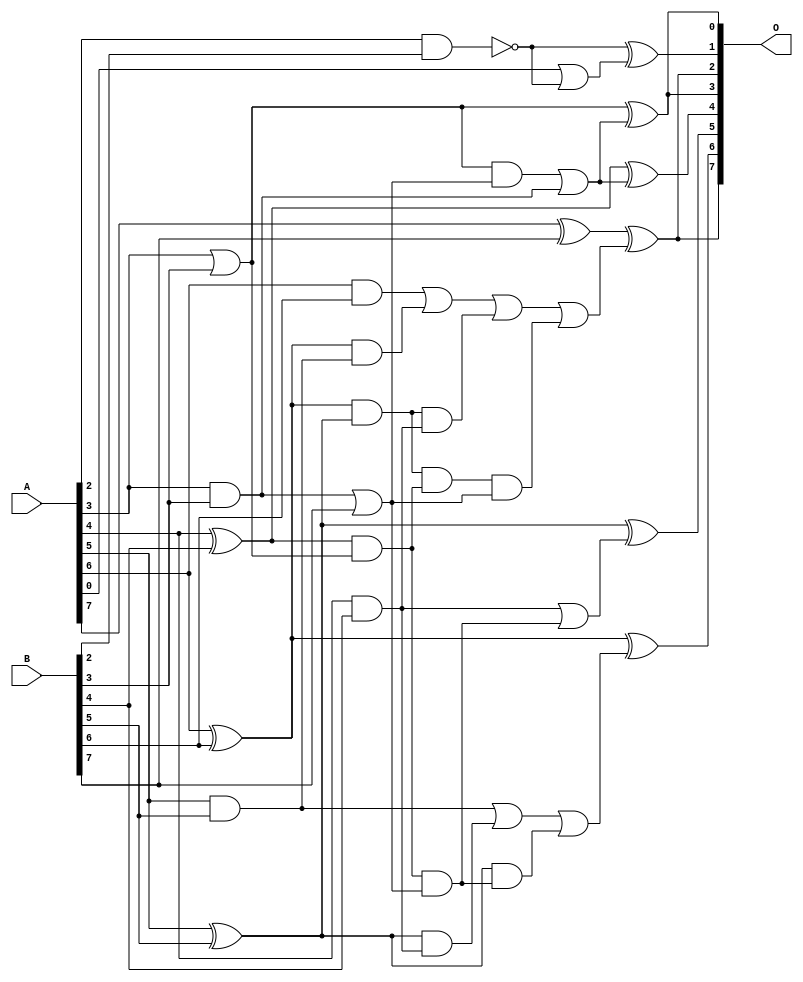
// This program was cloned from: https://github.com/ehw-fit/evoapproxlib
// License: MIT License

/***
* This code is a part of EvoApproxLib library (ehw.fit.vutbr.cz/approxlib) distributed under The MIT License.
* When used, please cite the following article(s): V. Mrazek, L. Sekanina, Z. Vasicek "Libraries of Approximate Circuits: Automated Design and Application in CNN Accelerators" IEEE Journal on Emerging and Selected Topics in Circuits and Systems, Vol 10, No 4, 2020 
* This file contains a circuit from a sub-set of pareto optimal circuits with respect to the pwr and mse parameters
***/
// MAE% = 3.67 %
// MAE = 4.7 
// WCE% = 10.16 %
// WCE = 13 
// WCRE% = 400.00 %
// EP% = 94.56 %
// MRE% = 19.71 %
// MSE = 31 
// PDK45_PWR = 0.022 mW
// PDK45_AREA = 56.8 um2
// PDK45_DELAY = 0.48 ns

module add8s_6TN (
    A,
    B,
    O
);

input [7:0] A;
input [7:0] B;
output [7:0] O;

wire sig_21,sig_22,sig_23,sig_24,sig_25,sig_26,sig_27,sig_28,sig_29,sig_30,sig_33,sig_35,sig_37,sig_38,sig_39,sig_41,sig_44,sig_46,sig_47,sig_48;
wire sig_49,sig_50,sig_51,sig_52,sig_53,sig_54,sig_55,sig_56,sig_57,sig_59,sig_60,sig_61,sig_62,sig_63,sig_64;

assign sig_21 = ~(A[2] & B[2]);
assign sig_22 = A[3] & B[3];
assign sig_23 = A[3] | B[3];
assign sig_24 = A[4] & B[4];
assign sig_25 = A[4] ^ B[4];
assign sig_26 = A[5] & B[5];
assign sig_27 = A[5] ^ B[5];
assign sig_28 = A[6] & B[6];
assign sig_29 = A[6] ^ B[6];
assign sig_30 = A[7] ^ B[7];
assign sig_33 = sig_22 | B[7];
assign sig_35 = sig_25 & sig_23;
assign sig_37 = sig_29 & sig_26;
assign sig_38 = sig_29 & sig_27;
assign sig_39 = sig_28 | sig_37;
assign sig_41 = A[0] | sig_21;
assign sig_44 = sig_27 & sig_24;
assign sig_46 = sig_26 | sig_44;
assign sig_47 = sig_38 & sig_24;
assign sig_48 = sig_38 & sig_35;
assign sig_49 = sig_39 | sig_47;
assign sig_50 = sig_23 & sig_33;
assign sig_51 = sig_50 | sig_22;
assign sig_52 = sig_35 & sig_33;
assign sig_53 = sig_24 | sig_52;
assign sig_54 = sig_27 & sig_52;
assign sig_55 = sig_46 | sig_54;
assign sig_56 = sig_48 & sig_33;
assign sig_57 = sig_49 | sig_56;
assign sig_59 = sig_21 ^ sig_41;
assign sig_60 = sig_23 ^ sig_51;
assign sig_61 = sig_25 ^ sig_51;
assign sig_62 = sig_27 ^ sig_53;
assign sig_63 = sig_29 ^ sig_55;
assign sig_64 = sig_30 ^ sig_57;

assign O[7] = sig_64;
assign O[6] = sig_63;
assign O[5] = sig_62;
assign O[4] = sig_61;
assign O[3] = sig_60;
assign O[2] = sig_64;
assign O[1] = sig_59;
assign O[0] = sig_60;

endmodule